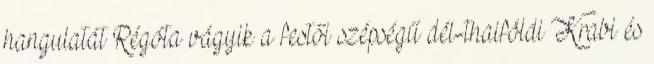
hangulatát Régóta vágyik a festői szépségű dél-thaiföldi Krabi és